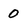
Character: 0